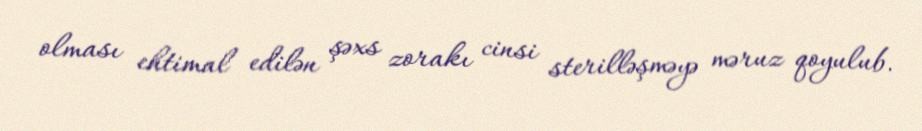
olması ehtimal edilən şəxs zorakı cinsi sterilləşməyə məruz qoyulub.